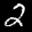
Label: 2